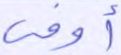
أوفى